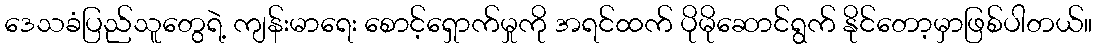
ဒေသခံပြည်သူတွေရဲ့ ကျန်းမာရေး စောင့်ရှောက်မှုကို အရင်ထက် ပိုမိုဆောင်ရွက် နိုင်တော့မှာဖြစ်ပါတယ်။